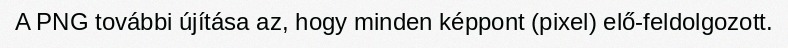
A PNG további újítása az, hogy minden képpont (pixel) elő-feldolgozott.